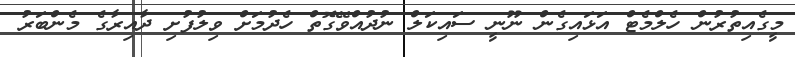
މީގެއިތުރުން ހެލްމެޓް އަޅައިގެން ނޫނީ ސައިކަލް ނުދުއްވޭގޮތް ހެދުމަށް ވިލުފުށި ދާއިރާގެ މެންބަރު